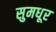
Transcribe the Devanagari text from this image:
सुमधूर